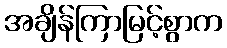
အချိန်ကြာမြင့်စွာက